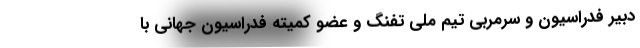
دبیر فدراسیون و سرمربی تیم ملی تفنگ و عضو کمیته فدراسیون جهانی با